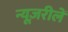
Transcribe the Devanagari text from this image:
न्यूज़रीलें